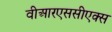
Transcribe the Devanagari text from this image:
वीआरएससीएक्स